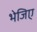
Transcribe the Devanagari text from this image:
भेजिए